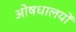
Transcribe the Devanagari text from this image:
ओषधालयों